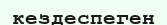
кездеспеген